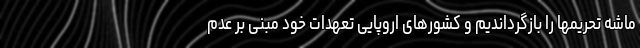
ماشه تحریمها را بازگرداندیم و کشورهای اروپایی تعهدات خود مبنی بر عدم